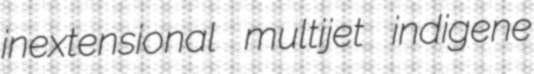
inextensional multijet indigene